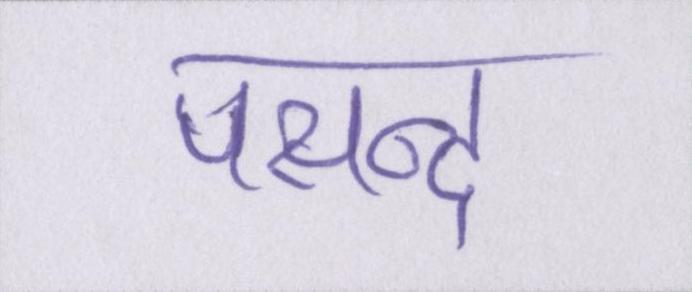
पसन्द